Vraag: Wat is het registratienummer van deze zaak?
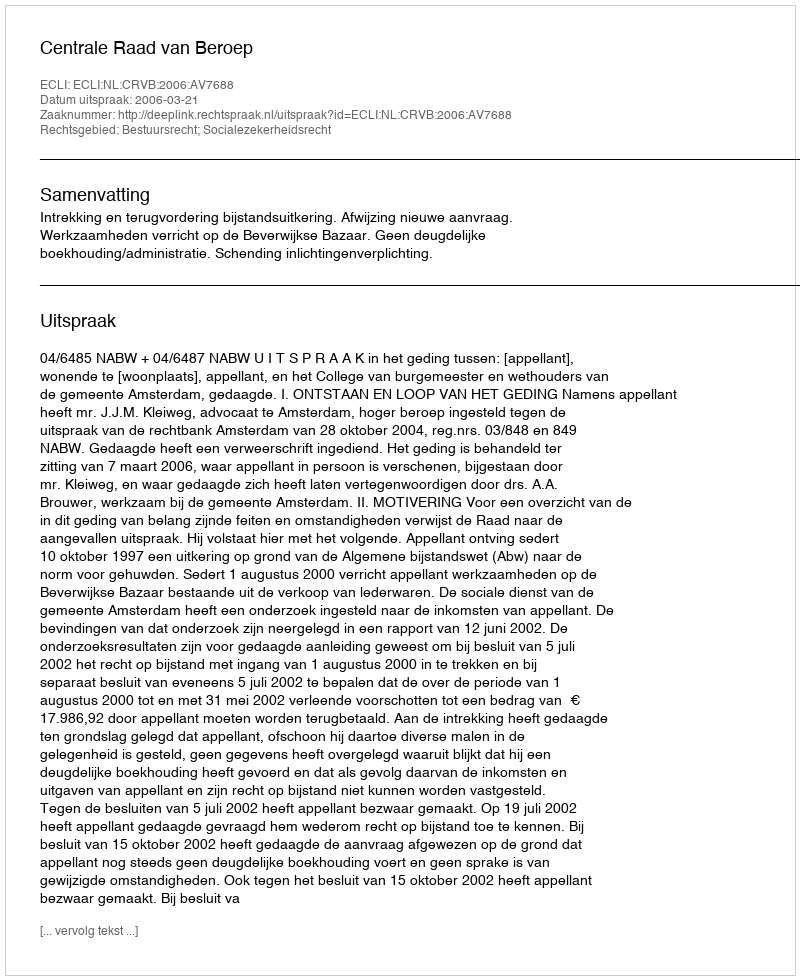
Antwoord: http://deeplink.rechtspraak.nl/uitspraak?id=ECLI:NL:CRVB:2006:AV7688